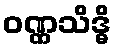
ဝဏ္ဏသိဒ္ဓိ